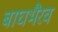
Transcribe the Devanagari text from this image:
बाघभैरव